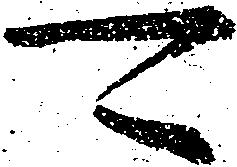
可